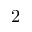
2